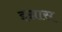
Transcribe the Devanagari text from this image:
इग्नास